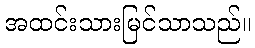
အထင်းသားမြင်သာသည်။